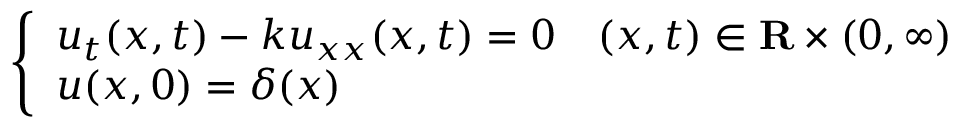
\left\{ \begin{array} { l l } { u _ { t } ( x , t ) - k u _ { x x } ( x , t ) = 0 } & { ( x , t ) \in \mathbf { R } \times ( 0 , \infty ) } \\ { u ( x , 0 ) = \delta ( x ) } & { } \end{array} \right.